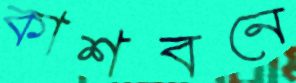
কাশবনে